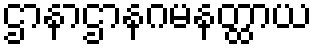
ဌာနာဌာနဂမနတ္ထာယ